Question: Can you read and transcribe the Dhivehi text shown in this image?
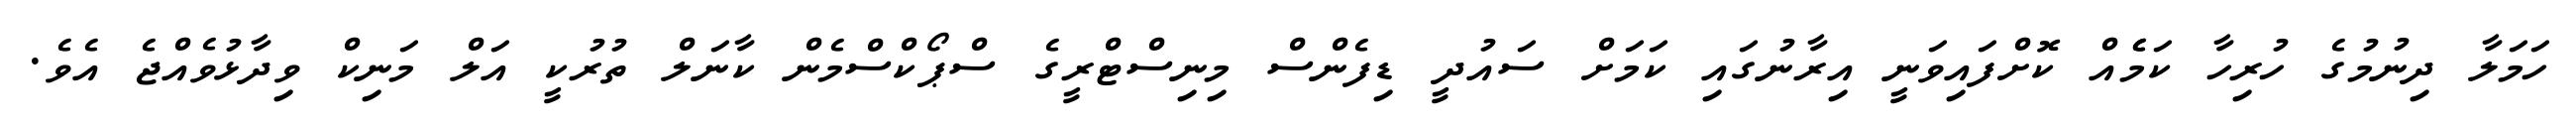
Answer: ހަމަލާ ދިނުމުގެ ހުރިހާ ކަމެެއް ކޮށްފައިވަނީ އިރާނުގައި ކަމަށް ސައުދީ ޑިފެންސް މިނިސްޓްރީގެ ސްޕޯކްސްމެން ކާނަލް ތުރުކީ އަލް މަނިކް ވިދާޅުވެއްޖެ އެވެ.